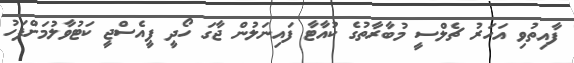
ފާއިތުވި އަހަރު ޗެލްސީ މުބާރާތުގެ ކުއާޓާ ފައިނަލުން ޖާގަ ހޯދީ ޕީއެސްޖީ ކަޓުވާލުމަށްފަހު